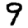
Digit: 9